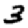
Digit: 3